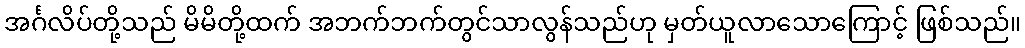
အင်္ဂလိပ်တို့သည် မိမိတို့ထက် အဘက်ဘက်တွင်သာလွန်သည်ဟု မှတ်ယူလာသောကြောင့် ဖြစ်သည်။